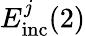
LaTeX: E_{\mathrm{inc}}^{j}(2)